Observations on the prevention of leprosy by segregation
Disease focus: Leprosy
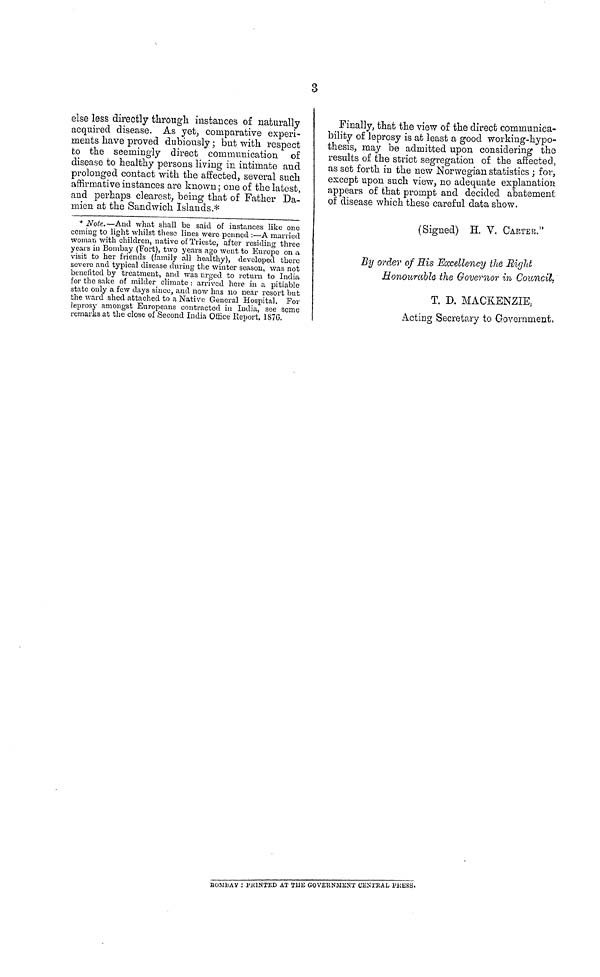
3
else less directly through instances of naturally
acquired disease. As yet, comparative experi-
ments have proved dubiously ; but with respect
to the seemingly direct communication of
disease to healthy persons living in intimate and
prolonged contact with the affected, several such
affirmative instances are known; one of the latest,
and perhaps clearest, being that of Father Da-
mien at the Sandwich Islands.*
* Note.—And what shall be said of instances like one
coming to light whilst these lines were penned :—A married
woman with children, native of Trieste, after residing three
years in Bombay (Fort), two years ago went to Europe on a
visit to her friends (family all healthy), developed there
severe and typical disease during the winter season, was not
benefited by treatment, and was urged to return to India
for the sake of milder climate : arrived here in a pitiable
state only a few days since, and now has no near resort but
the ward shed attached to a Native General Hospital. For
leprosy amongst Europeans contracted in India, see some
remarks at the close of Second India Office Report, 1S7G.
Finally, that the view of the direct commnunica-
bility of leprosy is at least a good working-hypo-
thesis, may be admitted upon considering the
results of the strict segregation of the affected,
as set forth in the new Norwegian statistics ; for,
except upon such view, no adequate explanation
appears of that prompt and decided abatement
of disease which these careful data show.
(Signed) H. V. CARTER."
By order of Sis Excellency the Right
Honourable the Governor in Council,
T. D. MACKENZIE,
Acting Secretary to Government.
BOMBAY :PRINTED AT TUB GOVERNMENT CENTRAL PRESS.